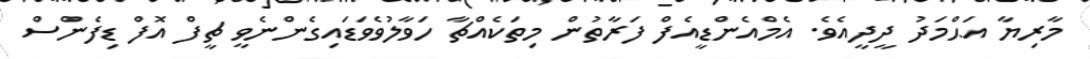
މާރިޔާ އަޙްމަދު ދީދީއެވެ. އެމްއެންޑީއެފް ފަރާތުން މިތަކެއްޗާ ހަވާލުވެވަޑައިގެންނެވީ ޗީފް އޮފް ޑިފެންސް